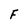
Character: F